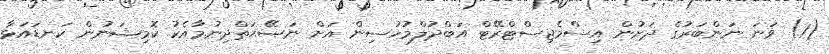
(1) ވަނަ ނަންބަރުގެ ދަށުން އިސްމެޖިސްޓްރޭޓް އަބްދުލްމުހުސިން އަށް ނަޞޭޙަތްދިނުމާއެކު ކޮމިޝަނުން ކަނޑައަޅާ